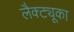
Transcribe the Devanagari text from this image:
लैक्ट्यूका